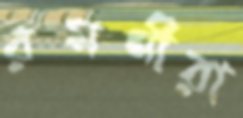
রমণীরা